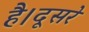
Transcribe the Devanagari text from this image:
है।दूसरे